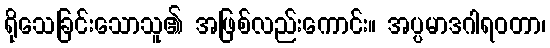
ရိုသေခြင်းသောသူ၏ အဖြစ်လည်းကောင်း။ အပ္ပမာဒဂါရဝတာ၊